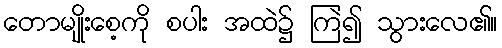
တောမျိုးစေ့ကို စပါး အထဲ၌ ကြဲ၍ သွားလေ၏။